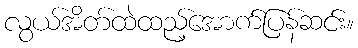
လွယ်အိတ်ထဲထည့်အောက်ပြန်ဆင်း။